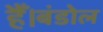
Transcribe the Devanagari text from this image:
हैँ।बंडोल